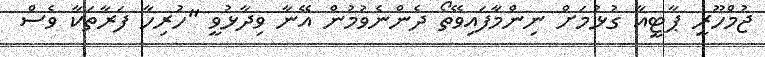
ޖުމްހޫރީ ޕާޓީއާ ގުޅުމަށް ނިންމާފައިވޭތޯ ދެންނެވުމުން އޭނާ ވިދާޅުވީ "ހުރިހާ ފަރާތަކާ ވެސް